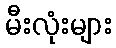
မီးလုံးများ